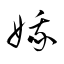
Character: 娥